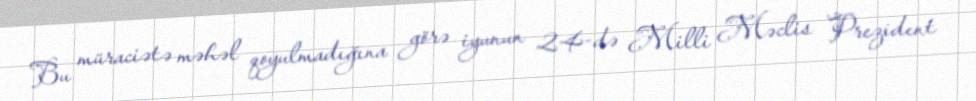
Bu müraciətə məhəl qoyulmadığına görə iyunun 24-də Milli Məclis Prezident